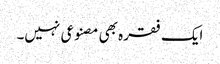
ایک فقرہ بھی مصنوعی نہیں۔